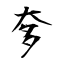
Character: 奓